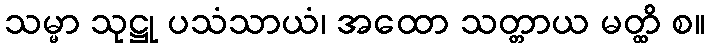
သမ္မာ သုဋ္ဌု ပသံသာယံ၊ အထော သတ္တာယ မတ္ထိ စ။